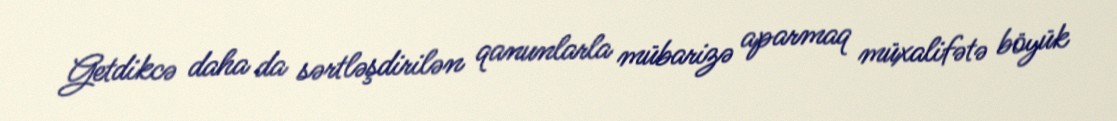
Getdikcə daha da sərtləşdirilən qanunlarla mübarizə aparmaq müxalifətə böyük